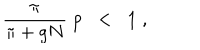
LaTeX: \frac { \pi } { \pi + g N } \; p \; \; < \; \; 1 \; ,